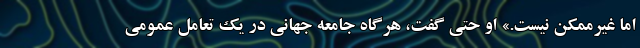
اما غیرممکن نیست.» او حتی گفت، هرگاه جامعه جهانی در یک تعامل عمومی